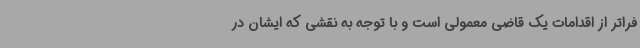
فراتر از اقدامات یک قاضی معمولی است و با توجه به نقشی که ایشان در